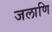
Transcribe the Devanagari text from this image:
जलाणि